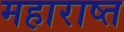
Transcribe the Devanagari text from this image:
महाराष्त